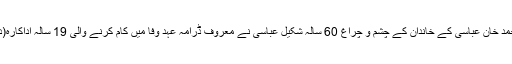
تفصیلات کے مطابق بہاولپور کے نواب سر صادق محمد خان عباسی کے خاندان کے چشم و چراغ 60 سالہ شکیل عباسی نے معروف ڈرامہ عہد وفا میں کام کرنے والی 19 سالہ اداکارہ(دعا) علیزے شاہ سے شادی کی خواہش کا اظہار کردیا۔